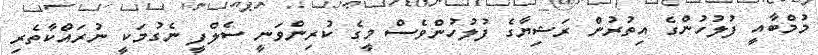
މުމްބާއީ ފުލުހުންގެ އިތުރުން ރަޝިޔާގެ ފުލުހުންވެސް މީގެ ކުރިންވަނީ ސެލްފީ ނެގުމަކީ ނުރައްކާތެރި